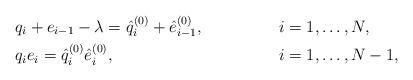
LaTeX: \begin{align*} &q_{i} + e_{i - 1} - \lambda = \hat{q}_{i}^{( 0 )} + \hat{e}_{i - 1}^{( 0 )}, & &i = 1, \dots , N , \\ &q_{i} e_{i } = \hat{q}_{i}^{( 0 )} \hat{e}_{i }^{( 0 )}, & &i = 1, \dots , N - 1, \end{align*}